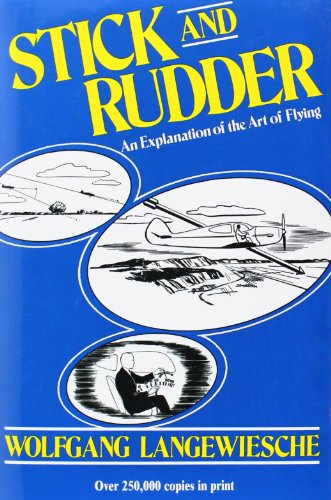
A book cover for Stick and Rudder: An Explanation of the Art of Flying; Wolfgang Langewiesche; Engineering & Transportation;